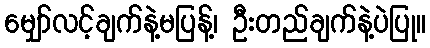
မျှော်လင့်ချက်နဲ့မပြန့်၊ ဦးတည်ချက်နဲ့ပဲပြု။